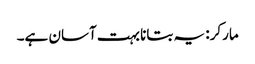
مارکر: یہ بتانا بہت آسان ہے۔